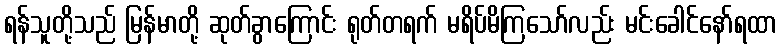
ရန်သူတို့သည် မြန်မာတို့ ဆုတ်ခွာကြောင်း ရုတ်တရက် မရိပ်မိကြသော်လည်း မင်းခေါင်နော်ရထာ